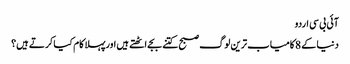
آئی بی سی اردو
دنیا کے 8 کامیاب ترین لوگ صبح کتنے بجے اٹھتے ہیں اورپہلا کام کیا کرتے ہیں؟